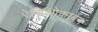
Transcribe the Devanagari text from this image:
रेडिओकार्बन